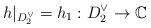
LaTeX: \begin{align*} h|_{D^\vee_2}=h_1: D^\vee_2\rightarrow \mathbb C \end{align*}